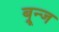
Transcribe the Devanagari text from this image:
ब्रून्ज